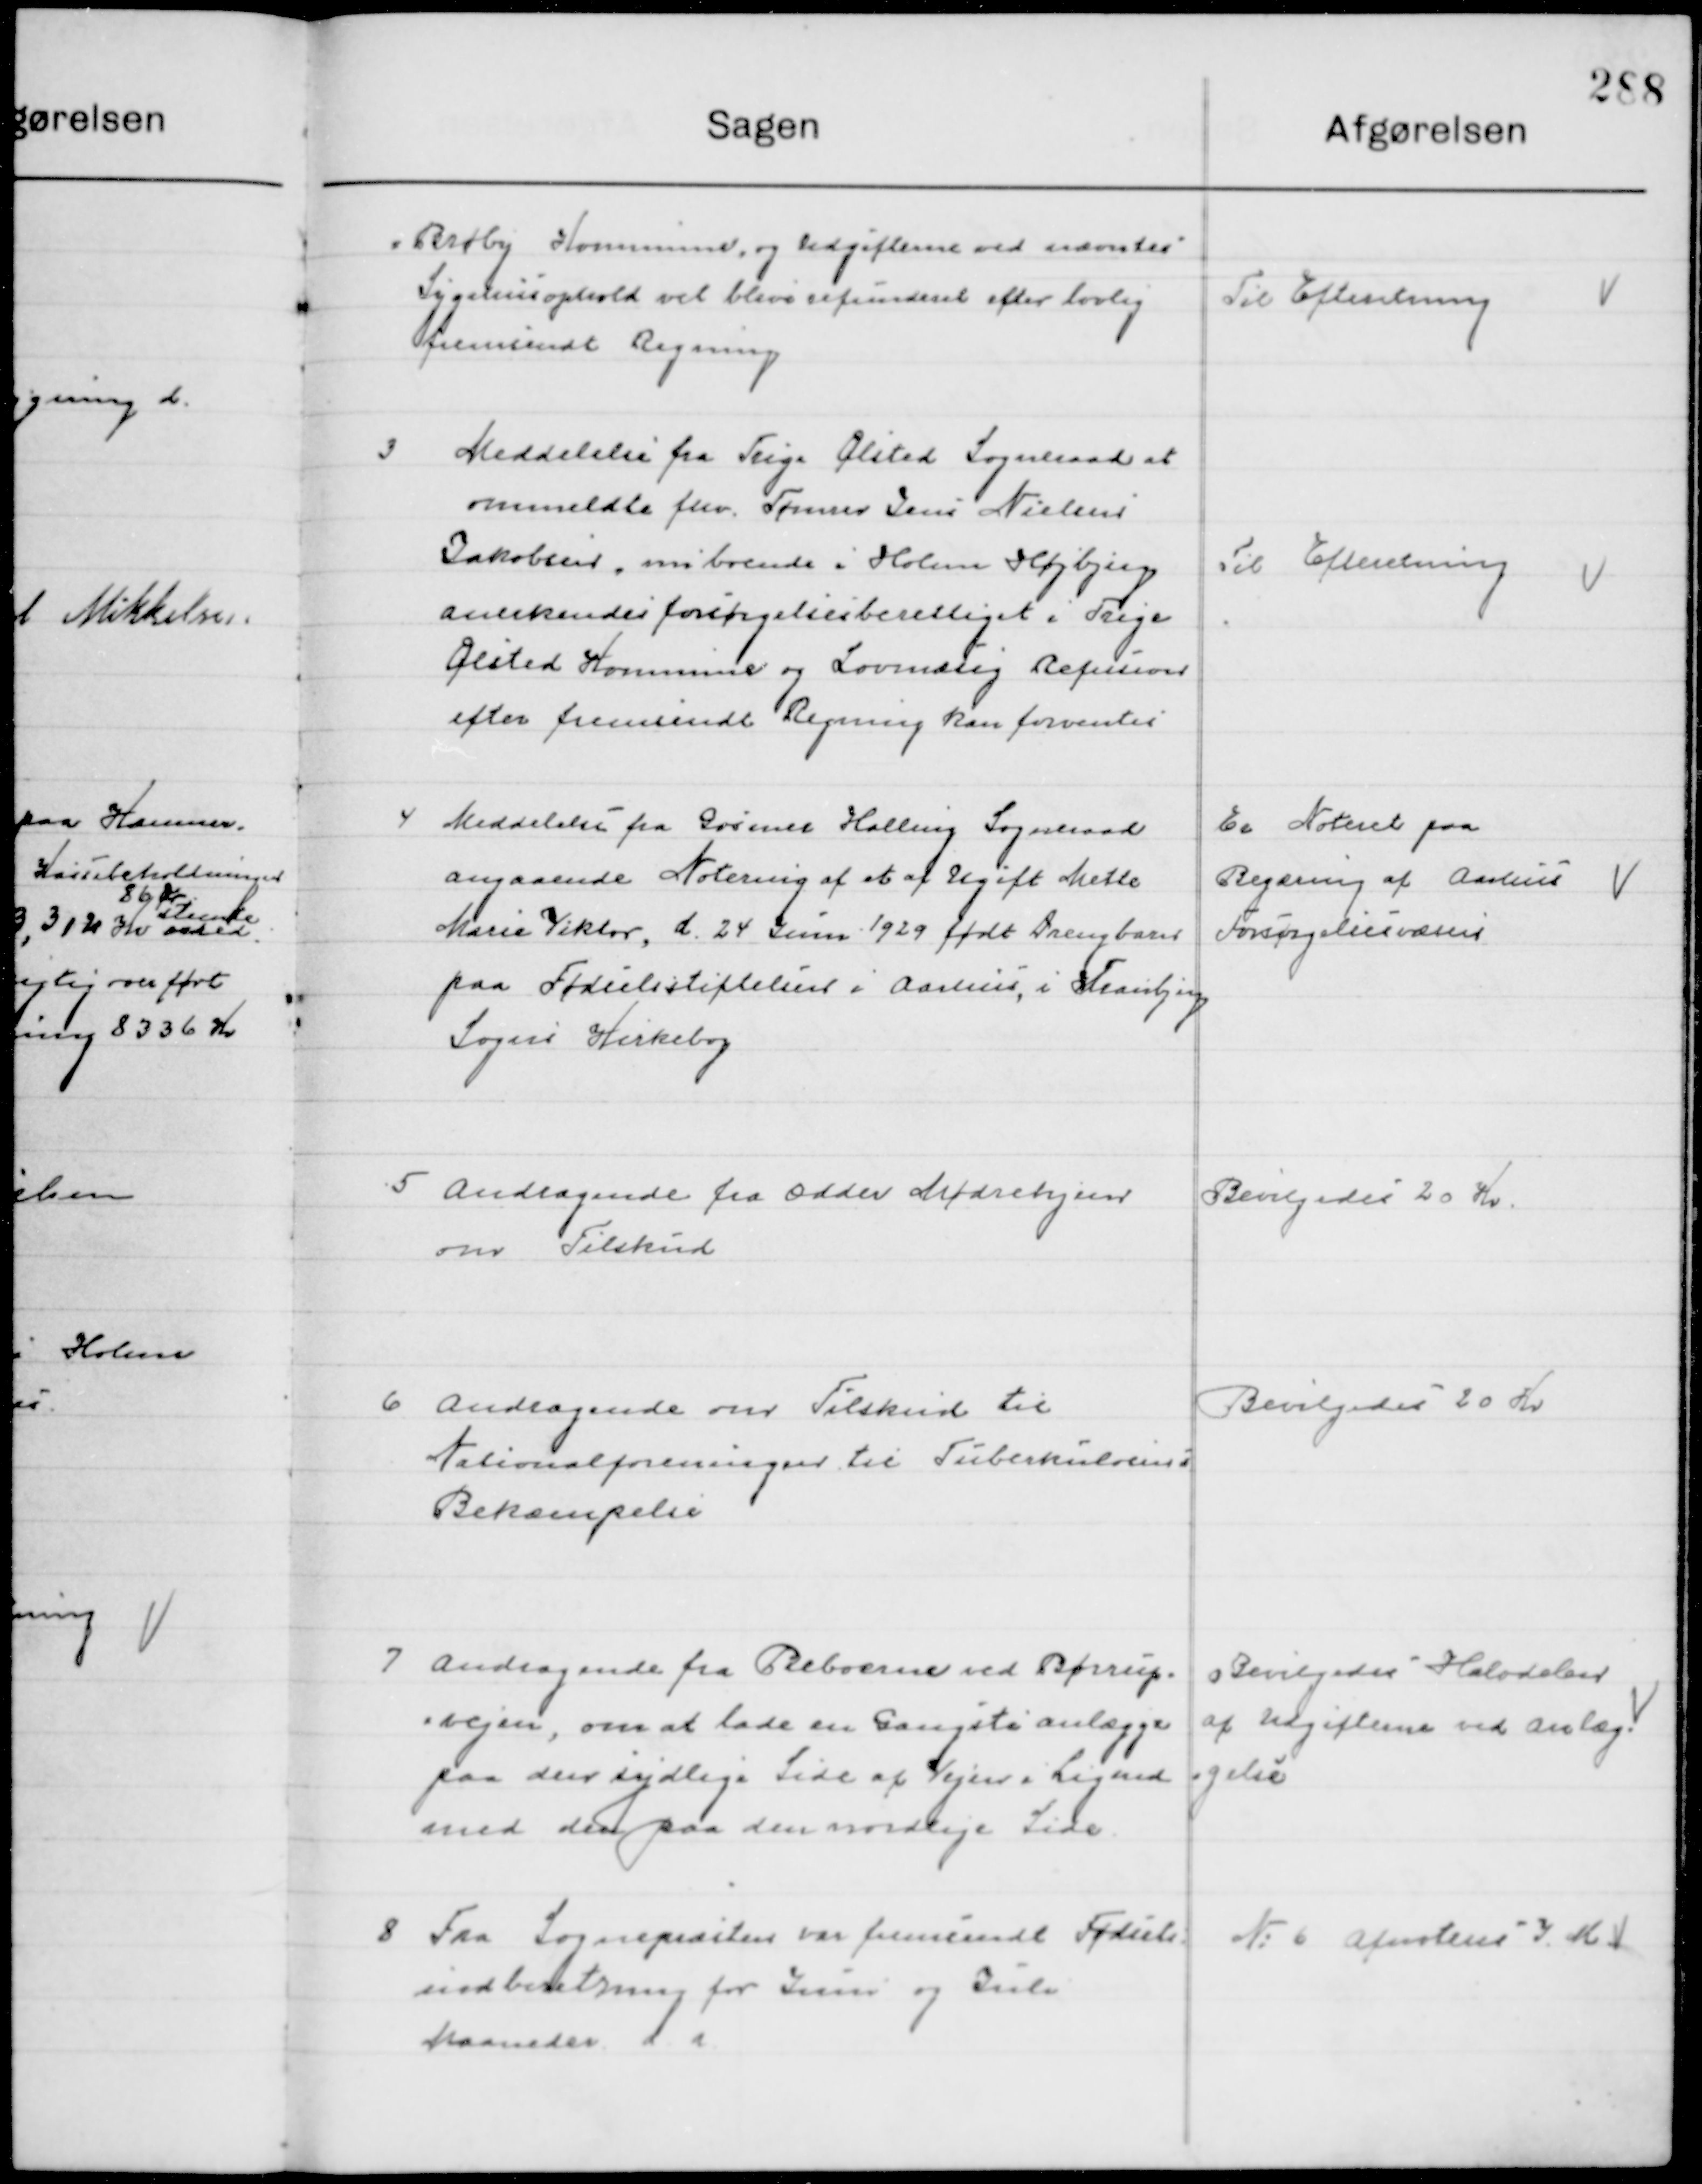
Transskription:
Broby Kommune og udgifterne ved nævntes
Sygehusophold vil blive refunderet efter lovlig
fremsendt Regning

Til Efterretning

3

Meddelelse fra Trige Ølsted Sogneraad at
ommeldte fnv. Tømmer Irene Nielsen
Jakobsen nu boende i Holme Højbjerg
anerkendes forsørgelsesberettiget i Trige
Ølsted Kommune og Lovmæssig Refusion  
efter fremsendt Regning kan forventes

Til Efterretning

4

Meddelelse fra Gosmer Halling Sogneraad
angaaende Notering af et af Ugift Mette
Marie Viktor, d. 24 Decm. 1929 født drengebarn
paa Fødselsstiftelsens i Aarhus, i Tranbjerg
Sogns Kirkebog

Er Noteret paa
Regning af Aarhus 
Forsørgelsesvæsen

5

Andragende fra Odder Drengehjem
om Tilskud

Bevilgedes 20 Kr.

6

Andragende om Tilskud til
Nationalforeningen til Tuberkuloses 
Bekæmpelse

Bevilgedes 20 Kr.

7

Andragende fra Beboerne ved Børrup
vejen, om at lade en Gangsti anlægge 
paa den sydlige Side af Vejen i Ligmed
med den paa den nordlige Side

Bevilgedes Halvdelen
af Udgifterne ved Anlæg-
gelse

8

Fra Sognepæsten om fremsendt Fødsel
indberetning for Juni og juli 
Maaneder.

№ 6 afnoteres J. K. V.